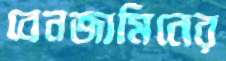
বেনজামিনের